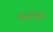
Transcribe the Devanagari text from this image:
कोलीवुड